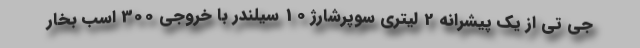
جی تی از یک پیشرانه 2 لیتری سوپرشارژ 10 سیلندر با خروجی 300 اسب بخار